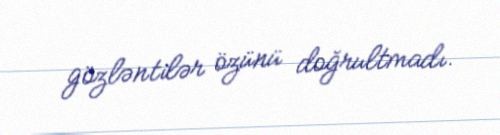
gözləntilər özünü doğrultmadı.